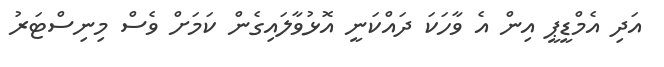
އަދި އެމްޑީޕީ އިން އެ ވާހަކަ ދައްކަނީ އޮޅުވާލައިގެން ކަމަށް ވެސް މިނިސްޓަރު